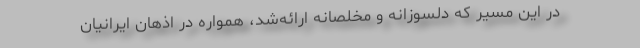
در این مسیر که دلسوزانه و مخلصانه ارائه‌شد، همواره در اذهان ایرانیان